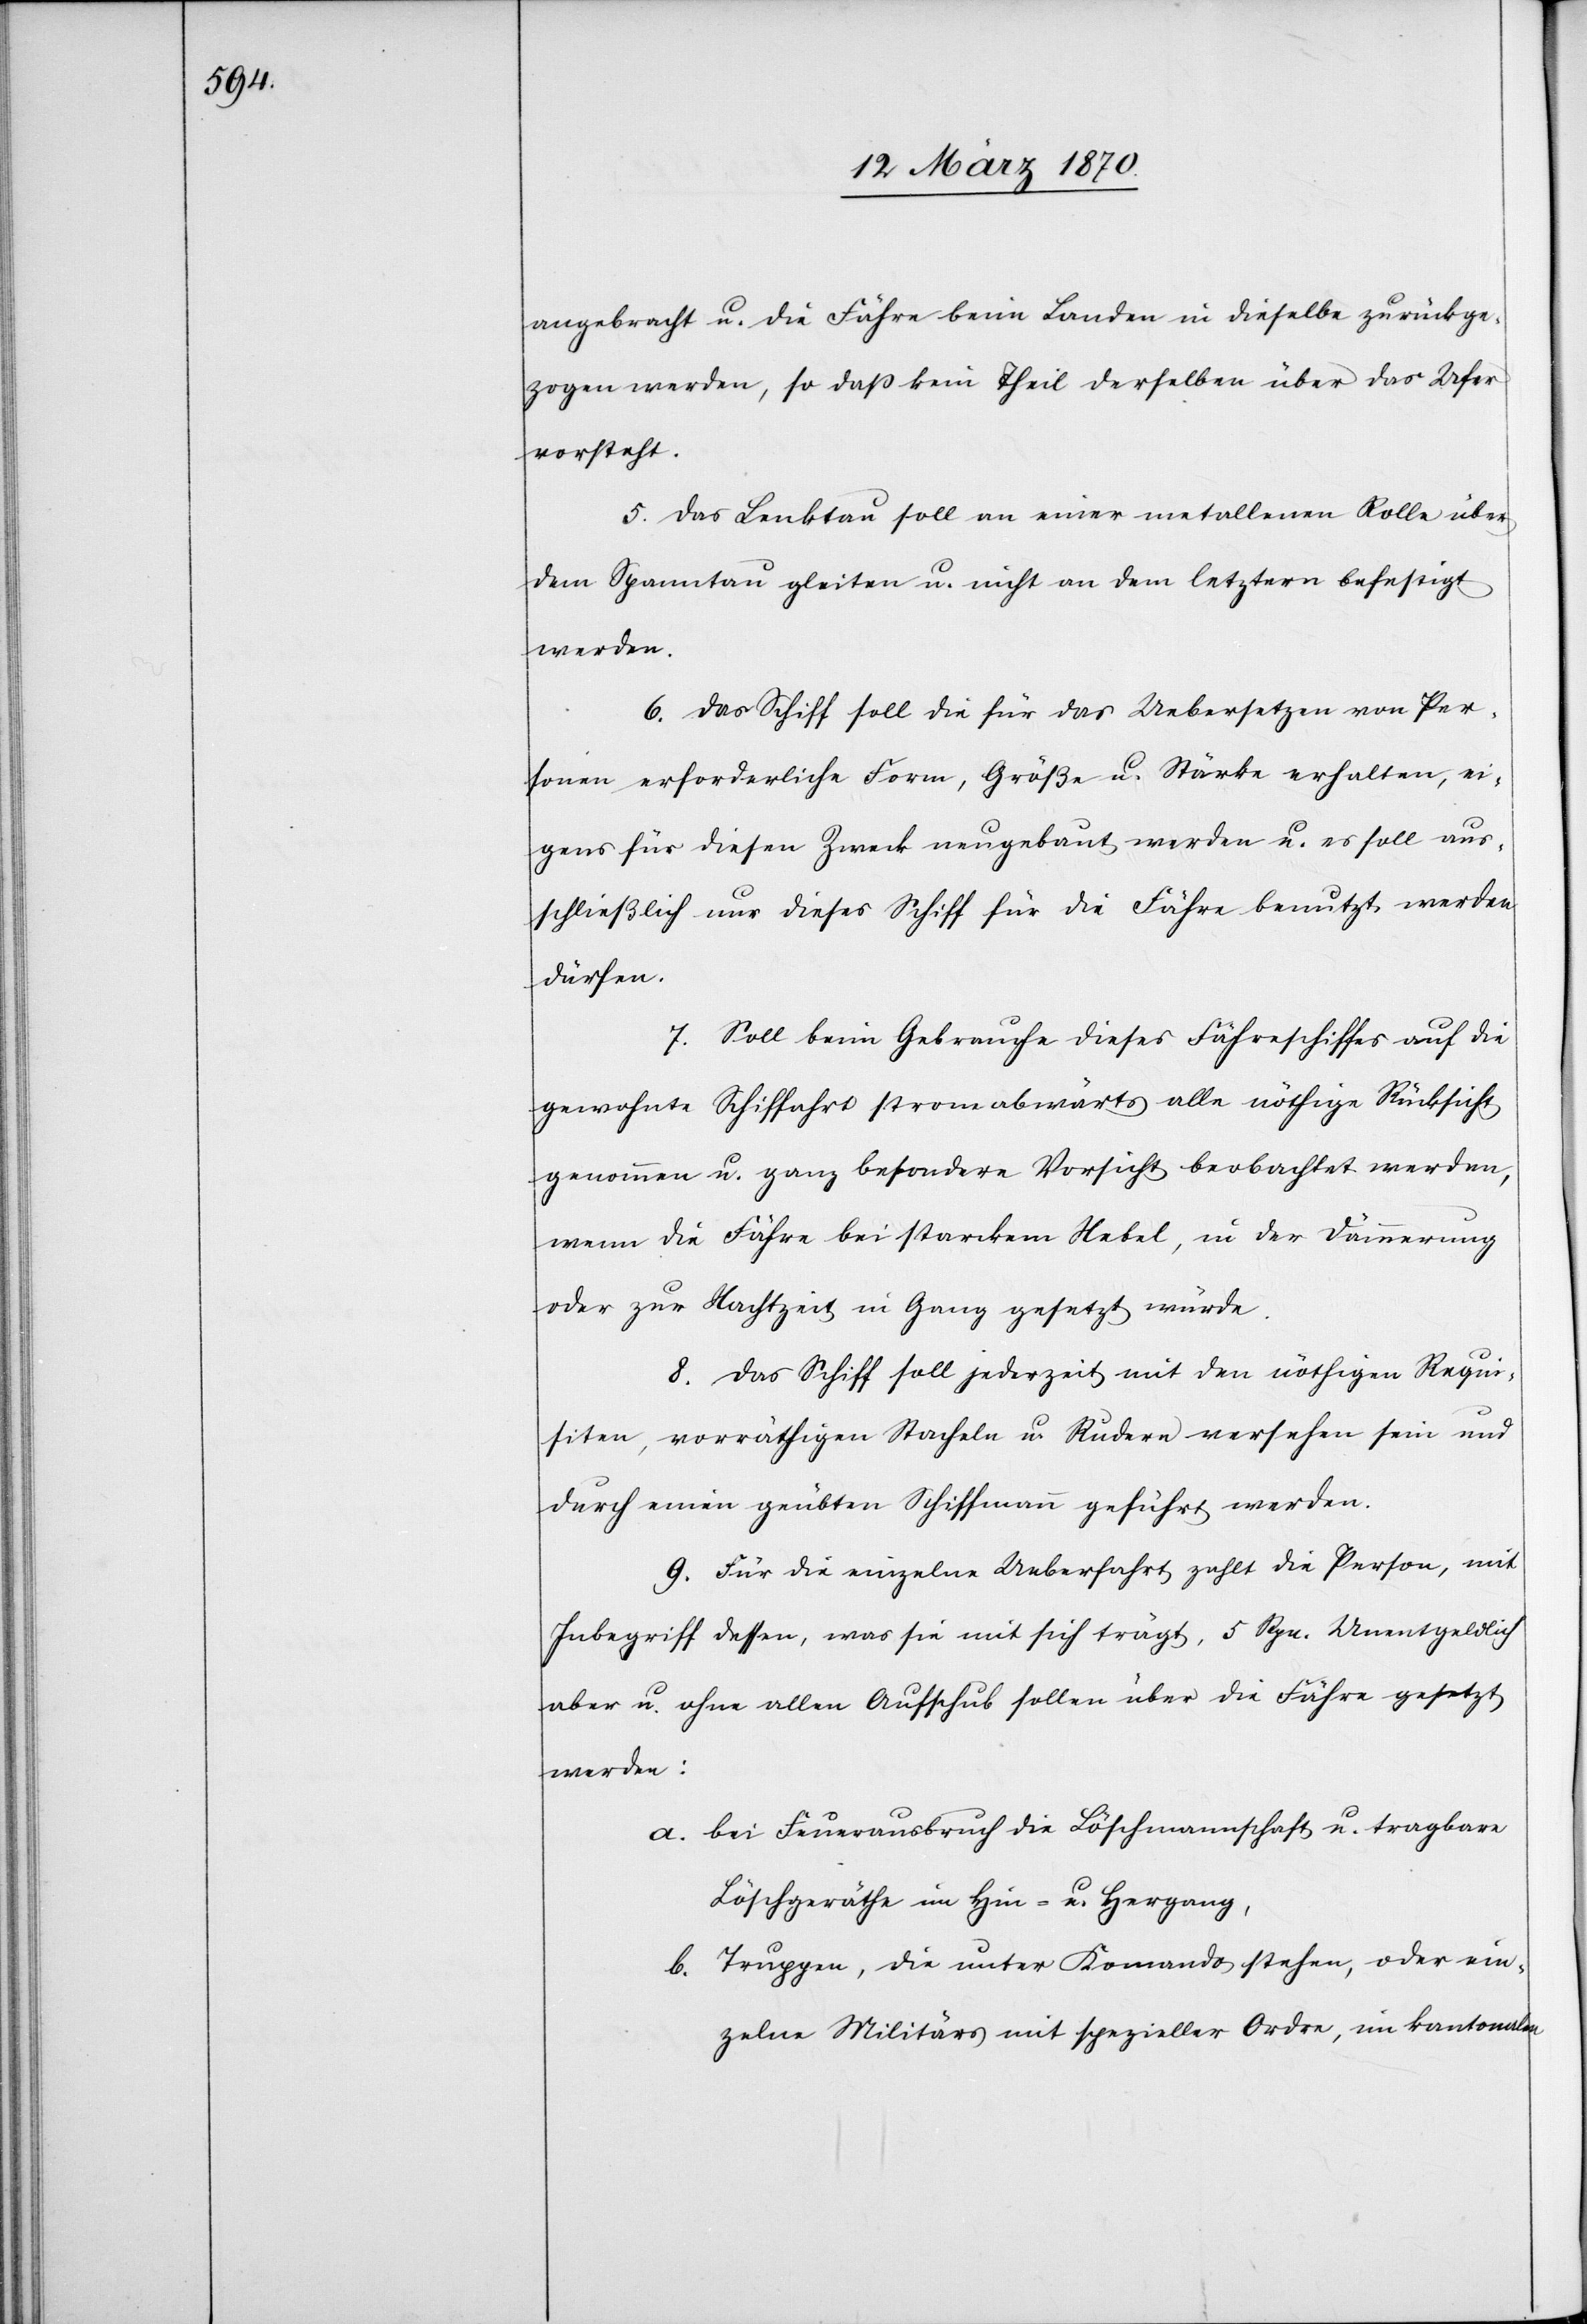
angebracht u. die Fähre beim Landen in dieselbe zurückge¬
zogen werden, so daß kein Theil derselben über das Ufer
vorsteht.
5. Das Lenktau soll an einer metallenen Rolle über
dem Spanntau gleiten u. nicht an dem letztern befestigt
werden.
6. Das Schiff soll die für das Uebersetzen von Per¬
sonen erforderliche Form, Größe u. Stärke erhalten, ei¬
gens für diesen Zweck neugebaut werden u. es soll aus¬
schließlich nur dieses Schiff für die Fähre benutzt werden
dürfen.
7. Soll beim Gebrauche dieses Fähreschiffes auf die
gewohnte Schiffahrt stromabwärts nöthige Rücksicht
genommen u. ganz besondere Vorsicht beobachtet werden,
wenn die Fähre bei starkem Nebel, in der Dämmerung
oder zur Nachtzeit in Gang gesetzt würde.
8. Das Schiff soll jederzeit mit den nöthigen Requi¬
siten, vorräthigen Stacheln u. Rudern versehen sein und
durch einen geübten Schiffmann geführt werden.
9. Für die einzelne Ueberfahrt zahlt die Person, mit
Inbegriff dessen, was sie mit sich trägt, 5 Rpn. Untentgeldlich
aber u. ohne allen Aufschub sollen über die Fähre gesetzt
werden:
a. bei Feuerausbruch die Löschmannschaft u. tragbare
Löschgeräthe im Hin- u. Hergang,
b. Truppen, die unter Komando stehen, oder ein¬
zelne Militärs mit spezieller Ordre, im kantonalen